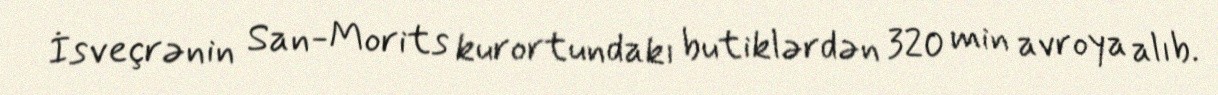
İsveçrənin San-Morits kurortundakı butiklərdən 320 min avroya alıb.